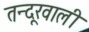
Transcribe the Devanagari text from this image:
तन्दूरवाली